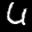
Label: 6